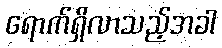
ရောက်ရှိလာသည့်အခါ